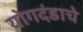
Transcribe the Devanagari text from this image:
योगदंडाचे